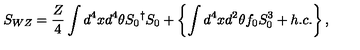
S _ { W Z } = \frac { Z } { 4 } \int d ^ { 4 } x d ^ { 4 } \theta { S _ { 0 } } ^ { \dagger } { S _ { 0 } } + \left\{ \int d ^ { 4 } x d ^ { 2 } \theta f _ { 0 } S _ { 0 } ^ { 3 } + h . c . \right\} ,